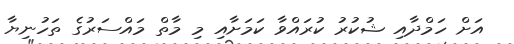
އަށް ހަމްދާއި ޝުކުރު ކުރައްވާ ކަމަށާއި މި މާތް މައްސަރުގެ ތަހުނިޔާ